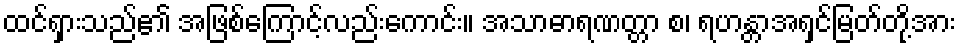
ထင်ရှားသည်၏ အဖြစ်ကြောင့်လည်းကောင်း။ အသာဓာရဏတ္တာ စ၊ ရဟန္တာအရှင်မြတ်တို့အား